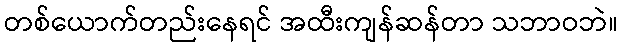
တစ်ယောက်တည်းနေရင် အထီးကျန်ဆန်တာ သဘာဝဘဲ။